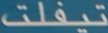
تيفلت